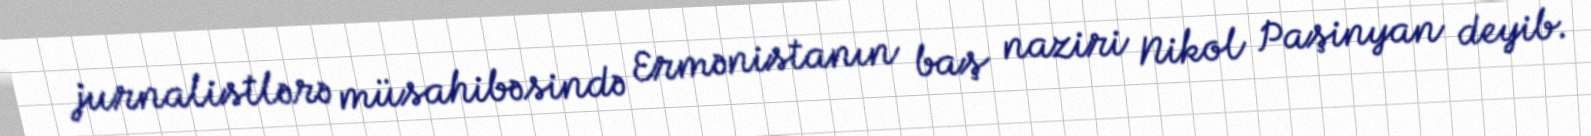
jurnalistlərə müsahibəsində Ermənistanın baş naziri Nikol Paşinyan deyib.